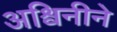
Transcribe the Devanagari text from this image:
अश्विनीने